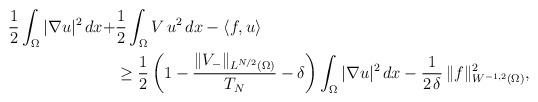
LaTeX: \begin{align*}\frac{1}{2}\int_\Omega|\nabla u|^2\,dx+&\frac{1}{2}\int_\Omega V\,u^2\,dx-\langle f,u\rangle\\&\ge\frac{1}{2}\left(1-\frac{\|V_-\|_{L^{N/2}(\Omega)}}{T_N}-\delta\right)\int_\Omega|\nabla u|^2\,dx-\frac{1}{2\,\delta}\,\|f\|^2_{W^{-1,2}(\Omega)},\end{align*}